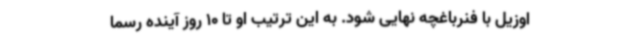
اوزیل با فنرباغچه نهایی شود. به این ترتیب او تا 10 روز آینده رسما